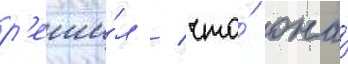
р'еши́л / что́ она́